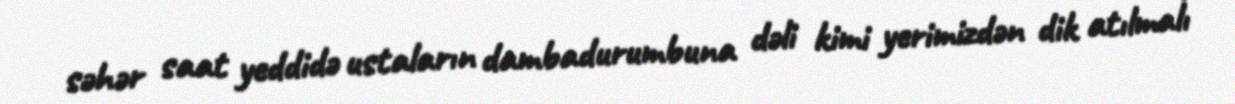
səhər saat yeddidə ustaların dambadurumbuna dəli kimi yerimizdən dik atılmalı